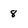
Character: 8